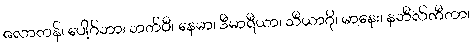
ဇလာတန်၊ ပေါ့ဂ်ဘာ၊ ဘတ်ပီ၊ နေမာ၊ ဒီမာရီယာ၊ သီယာဂို၊ မာနေး၊ နဘီလ်ကီတာ၊